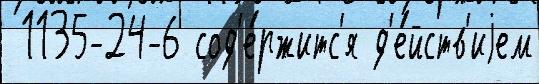
 1135-24-6 сод'е́ржитс'я д'е́йств'иjем